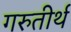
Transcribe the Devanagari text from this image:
गरुतीर्थ